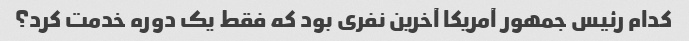
کدام رئیس جمهور آمریکا آخرین نفری بود که فقط یک دوره خدمت کرد؟